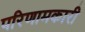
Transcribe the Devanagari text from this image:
परिणामकारी